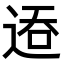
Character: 𬨦